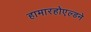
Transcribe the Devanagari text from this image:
हामारहोएल्डने